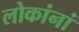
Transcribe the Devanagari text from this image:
लोकांनां